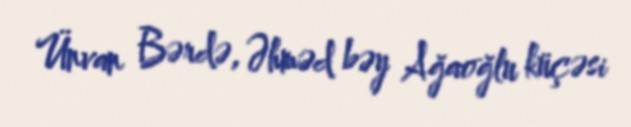
Ünvan Bərdə, Əhməd bəy Ağaoğlu küçəsi